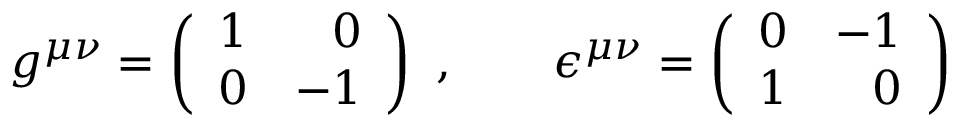
g ^ { \mu \nu } = \left( \begin{array} { r r } { { 1 } } & { { 0 } } \\ { { 0 } } & { { - 1 } } \end{array} \right) \ , \qquad \epsilon ^ { \mu \nu } = \left( \begin{array} { r r } { { 0 } } & { { - 1 } } \\ { { 1 } } & { { 0 } } \end{array} \right)